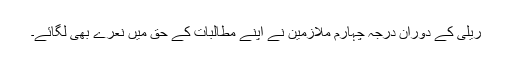
ریلی کے دوران درجہ چہارم ملازمین نے اپنے مطالبات کے حق میں نعرے بھی لگائے۔